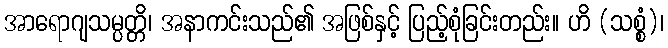
အာရောဂျသမ္ပတ္တိ၊ အနာကင်းသည်၏ အဖြစ်နှင့် ပြည့်စုံခြင်းတည်း။ ဟိ (သစ္စံ)၊